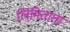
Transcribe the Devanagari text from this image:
लिमिताता